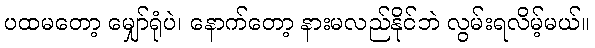
ပထမတော့ မျှော်ရုံပဲ၊ နောက်တော့ နားမလည်နိုင်ဘဲ လွမ်းရလိမ့်မယ်။